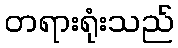
တရားရုံးသည်